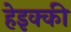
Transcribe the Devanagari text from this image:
हेइक्की